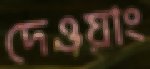
দেওয়াং